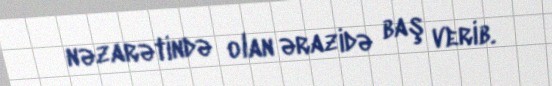
nəzarətində olan ərazidə baş verib.